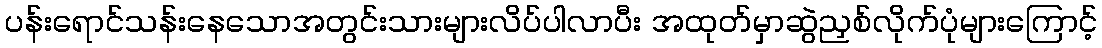
ပန်းရောင်သန်းနေသောအတွင်းသားများလိပ်ပါလာပီး အထုတ်မှာဆွဲညှစ်လိုက်ပုံများကြောင့်